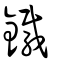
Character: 䥫